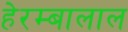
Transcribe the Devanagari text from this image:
हेरम्बालाल